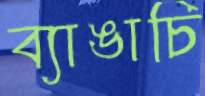
ব্যাঙাচি